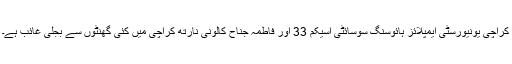
کراچی یونیورسٹی ایمپلائز ہائوسنگ سوسائٹی اسیکم 33 اور فاطمہ جناح کالونی نارتھ کراچی میں کئی گھنٹوں سے بجلی غائب ہے۔